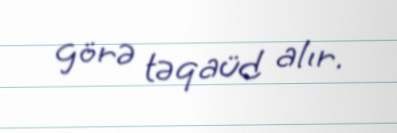
görə təqaüd alır.